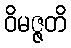
ဝိမဇ္ဇတိ